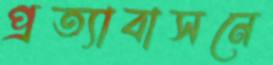
প্রত্যাবাসনে